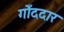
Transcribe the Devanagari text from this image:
गोँददार